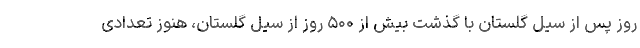
روز پس از سیل گلستان با گذشت بیش از ۵۰۰ روز از سیل گلستان، هنوز تعدادی